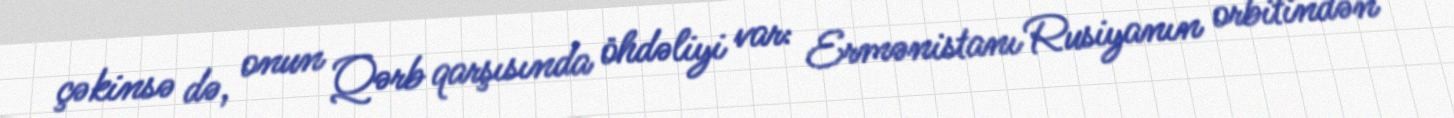
çəkinsə də, onun Qərb qarşısında öhdəliyi var: Ermənistanı Rusiyanın orbitindən